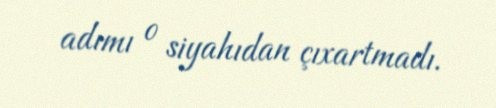
adımı o siyahıdan çıxartmadı.